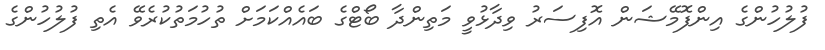
ފުލުހުންގެ އިންފޮމޭޝަން އޮފިސަރު ވިދާޅުވީ މަތިންދާ ބޯޓްގެ ބައެއްކަމަށް ތުހުމަތުކުރެވޭ އެތި ފުލުހުންގެ